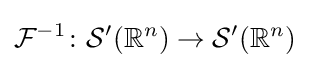
{\mathcal {F}}^{-1}\colon {\mathcal {S}}'(\mathbb {R} ^{n})\to {\mathcal {S}}'(\mathbb {R} ^{n})